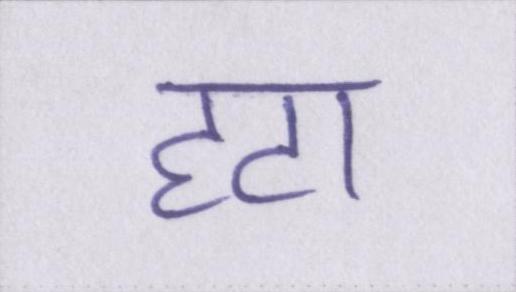
हटा